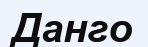
Данго